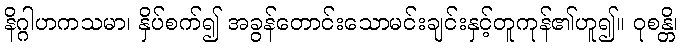
နိဂ္ဂါဟကသမာ၊ နှိပ်စက်၍ အခွန်တောင်းသောမင်းချင်းနှင့်တူကုန်၏ဟူ၍။ ဝုစန္တိ၊